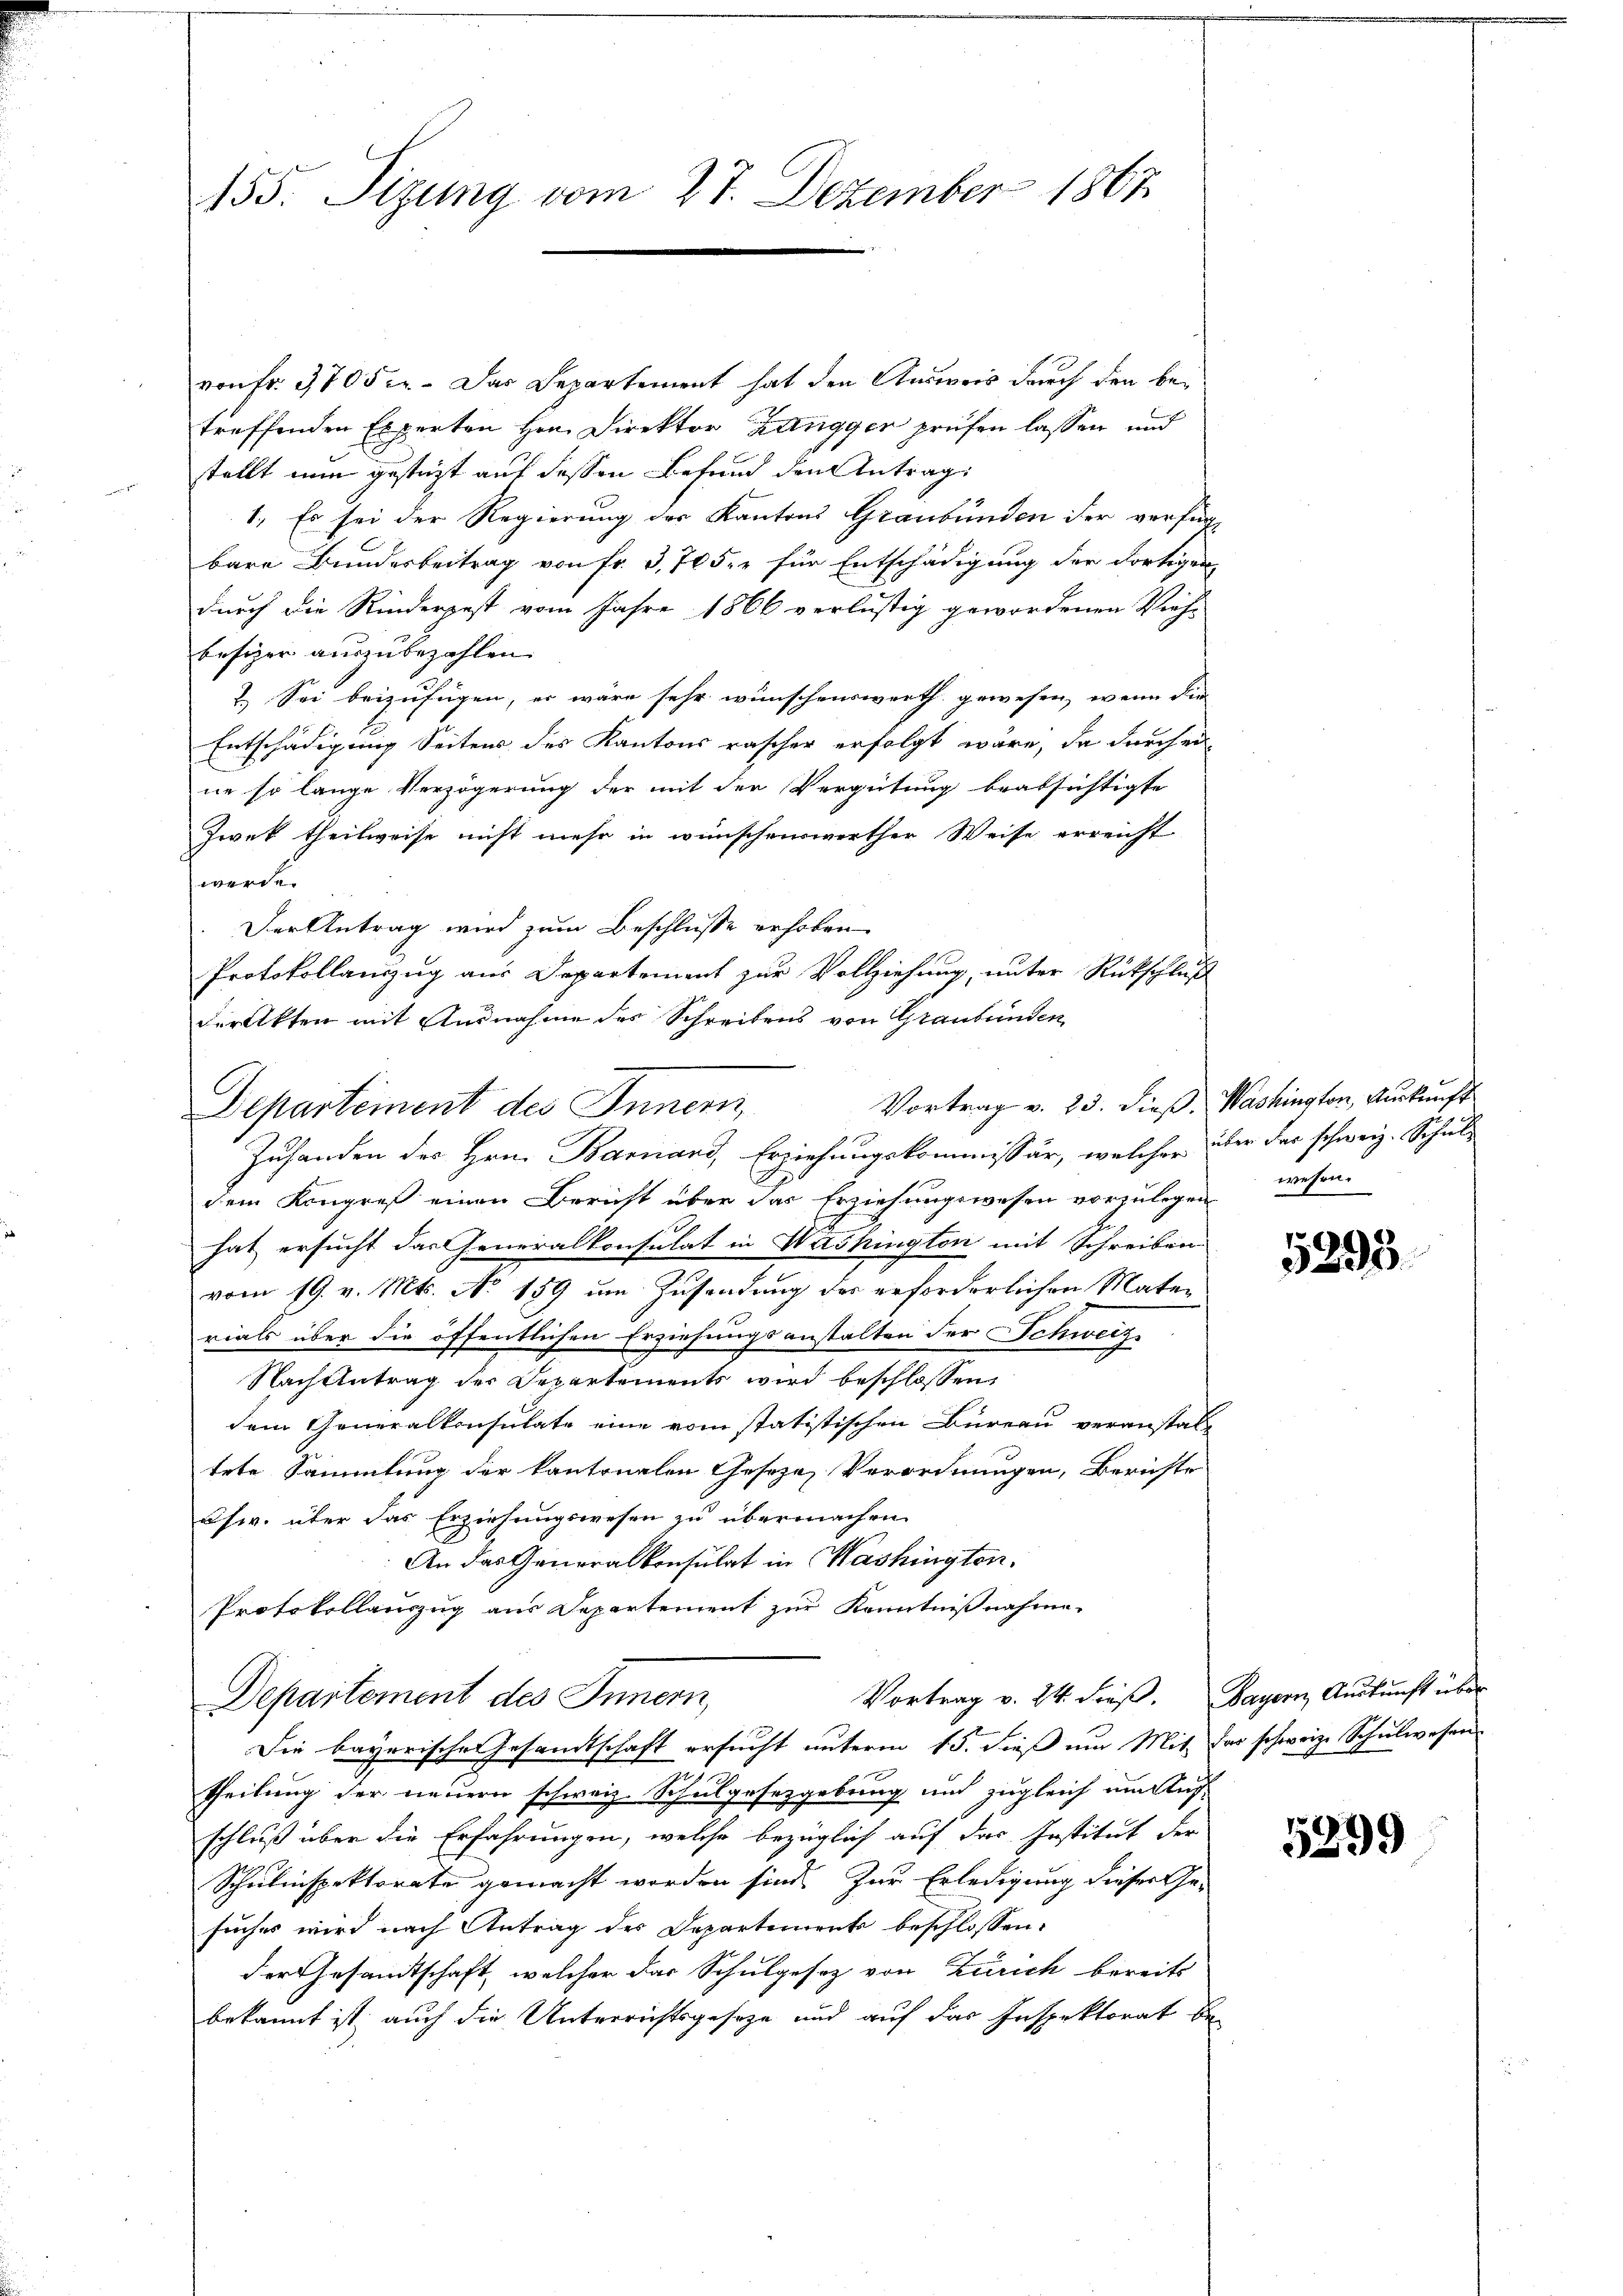
155. Sizung vom 27. Dezember 1867

von Fr. 3705 c. Das Departement hat den Ausweis durch den betreffenden Experten Hrn. Direktor Zangger prüfen lassen und
stellt nun gesteht auf dessen Befund den Antrag:
1. Es sei der Regierung der Kantons Graubünden der verfür
bare Bundesbeitrag von fr. 3,705, für Entschädigung der dortigen
durch die Rinderpest vom Jahre 1866 verlustig gewordenen Vieh-
besizer auszubezahlen.
2.) Sei beizufügen, er wäre sehr wünschenswerth gewesen, wenn die
d
Entschädigung Seitens des Kantons rascher erfolgt wäre, da durch ei
ne so lange Verzögerung der mit der Vergütung beabsichtigte
Zwek theilweise nicht mehr in wünschenswerther Weise erreicht
werde.
Der Antrag wird zum Beschluße erhoben
Protokollauszug aus Departement zur Vollziehung, unter Rückschluß
direkten mit Ausnahme des Schreibens von Graubünden
Vortrag v. 23. dieß. Washington, Auskunft
Departement des Inner
Zuhanden des Hrn. Barand, Erziehungskommissär, welcher über das schweiz. Schuldem Kongreß einen Bericht über das Erziehungswesen vorzulegen wesen.
hat ersucht das Generalkonsulat in Washington mit Schreiben
vom 19. v. Mts. No 159 um Zusendung des erforderlichen Materials über die öffentlichen Erziehungsanstalten der Schweiz
Nach Antrag der Departements wird beschlossen,
dem Generalkonsulate eine vom statistischen Büreau veranstal-
tete Sammlung der kantonalen Geseze, Verordnungen, Berichte
chw. über das Erziehungswesen zu übermachen
An das Generalkonsulat in Washingten.
Protokollauszug aus Departement zur Kenntnißnahme.

Vortrag v. 24. dieß. Bayern Auskunft über
Departement des Innern,

Die bayerische Gesamtschaft ersucht unterm 15. dieß um Mit der schweiz. Schulwesen
theilung der neuern schweiz. Schulgesetzgebung und zugleich um Auf-
schluß über die Erfahrungen, welche bezüglich auf der Institut der
Schulinspektorate gemacht worden sind. Zur Erledigung dieser Ge-
suches wird nach Antrag der Departement beschlossen:
der Gesandtschaft, welcher das Schulgesetz von Zürich bereits
bekannt ist, auch die Unterrichtsgeseze und auf das Inspektorat be-

5295.

5299